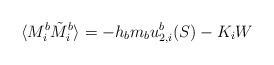
\begin{align*}\langle M_{i}^{b} \tilde M_{i}^{b} \rangle = -h_{b}m_{b}u_{2,i}^{b}(S) - K_{i}W\end{align*}